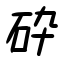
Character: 砕